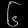
Digit: ၆